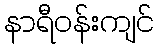
နာရီဝန်းကျင်